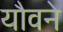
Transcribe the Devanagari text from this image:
यौवने